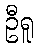
ဦရူ